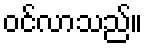
ဝင်လာသည်။